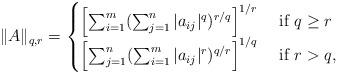
LaTeX: \begin{align*}\|A\|_{q,r} = \begin{cases}\left[\sum_{i=1}^m (\sum_{j=1}^n |a_{ij}|^q)^{r/q}\right]^{1/r} & \mbox{ if $q \geq r$} \\\left[\sum_{j=1}^n (\sum_{i=1}^m|a_{ij}|^r)^{q/r}\right]^{1/q} & \mbox{ if $r > q$,} \end{cases}\end{align*}